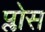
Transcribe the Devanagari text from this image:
प्लोस